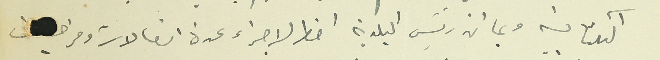
الكتابية وبما ان رئيس البلدية اضطر لاجراء عدة اتصالات